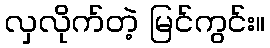
လှလိုက်တဲ့ မြင်ကွင်း။